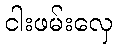
ငါးဖမ်းလှေ